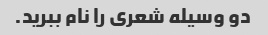
دو وسیله شعری را نام ببرید.